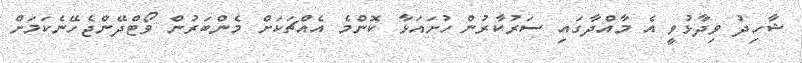
ޝާހިދު ވިދާޅުވީ އެ މާއްދާގައި ސަރުކާރުން ހުށައަޅާ ކޮންމެ އެއްޗަކަށް މެންބަރުން ވޯޓްދޭންޖެހޭނެކަމަށް